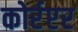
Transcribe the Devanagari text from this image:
कोर्रप्टर